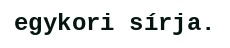
egykori sírja.